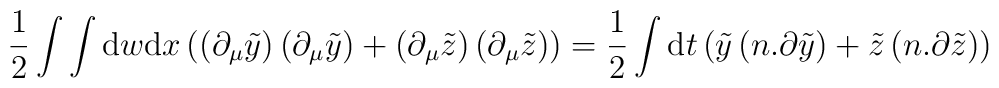
\frac{1}{2}\int\int\mathrm{d}w\mathrm{d}x\left(\left(\partial_\mu	\tilde{y}\right)\left(\partial_\mu\tilde{y}\right)+\left(\partial_\mu	\tilde{z}\right)\left(\partial_\mu\tilde{z}\right)\right)=\frac{1}{2}	\int\mathrm{d}t\left(\tilde{y}\left(n.\partial\tilde{y}\right)+	\tilde{z}\left(n.\partial\tilde{z}\right)\right)